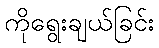
ကိုရွေးချယ်ခြင်း